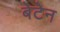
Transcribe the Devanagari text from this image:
बेटेन